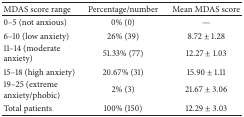
| MDAS score range | Percentage/number | Mean MDAS score |
 | --- | --- | --- |
 | 0–5 (not anxious) | 0% (0) | — |
 | 6–10 (low anxiety) | 26% (39) | 8.72 ± 1.28 |
 | 11–14 (moderate anxiety) | 51.33% (77) | 12.27 ± 1.03 |
 | 15–18 (high anxiety) | 20.67% (31) | 15.90 ± 1.11 |
 | 19–25 (extreme anxiety/phobic) | 2% (3) | 21.67 ± 3.06 |
 | Total patients | 100% (150) | 12.29 ± 3.03 |